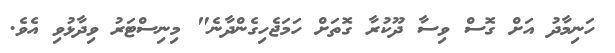
ހަނިމާދު އަށް ގޮސް ވިސާ ދޫކުރާ ގޮތަށް ހަމަޖެހިގެންދާނެ" މިނިސްޓަރު ވިދާޅުވި އެވެ.